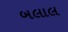
બલાલ